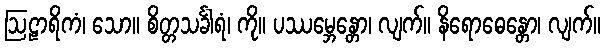
ဩဠာရိကံ၊ သော။ စိတ္တသင်္ခါရံ၊ ကို။ ပဿမ္ဘေန္တော၊ လျက်။ နိရောဓေန္တော၊ လျက်။